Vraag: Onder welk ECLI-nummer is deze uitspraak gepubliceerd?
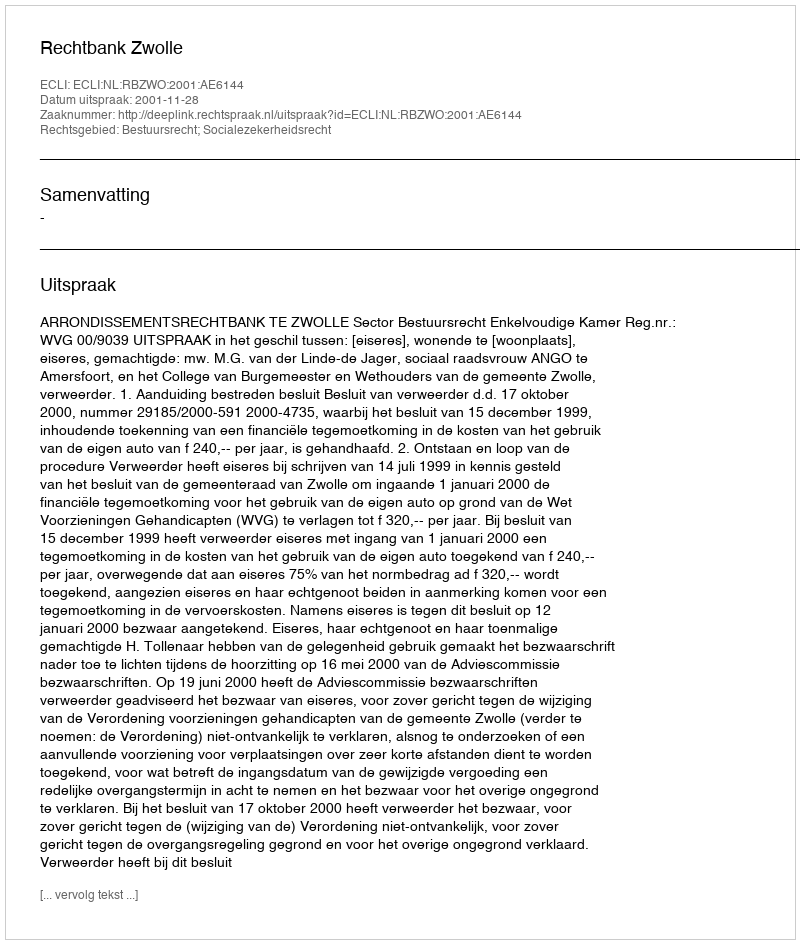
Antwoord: ECLI:NL:RBZWO:2001:AE6144